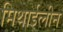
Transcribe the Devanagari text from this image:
मिथाईलीन